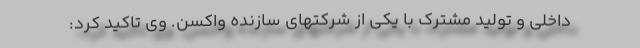
داخلی و تولید مشترک با یکی از شرکتهای سازنده واکسن. وی تاکید کرد: